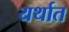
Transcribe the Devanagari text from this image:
यर्थात